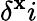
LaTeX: \delta^{\mathbf{x}}i